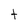
Character: t